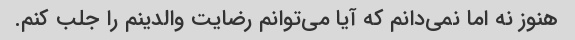
هنوز نه اما نمی‌دانم که آیا می‌توانم رضایت والدینم را جلب کنم.